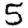
Digit: 5